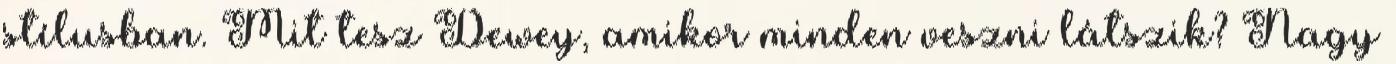
stílusban. Mit tesz Dewey, amikor minden veszni látszik? Nagy